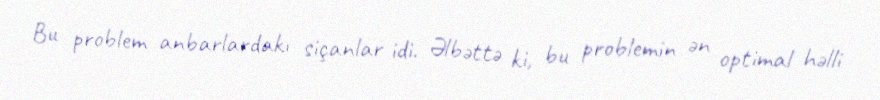
Bu problem anbarlardakı siçanlar idi. Əlbəttə ki, bu problemin ən optimal həlli